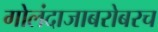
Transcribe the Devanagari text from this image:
गोलंदाजाबरोबरच